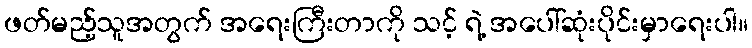
ဖတ်မည့်သူအတွက် အရေးကြီးတာကို သင့် ရဲ့ အပေါ်ဆုံးပိုင်းမှာရေးပါ။